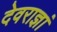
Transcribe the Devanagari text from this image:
देवराज्ञां